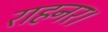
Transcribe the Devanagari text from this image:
राहनर।